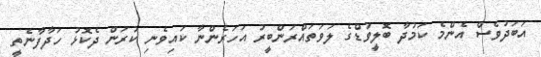
އަބަދުވެސް އެންމެ ކަމުދާ ބޮލީވުޑްގެ ލަވަތައްރަންބީރު އަހަރެންނާ ކައިވެނި ކުރަން ދެކޮޅު ހަދާފާނެތީ